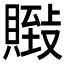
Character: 𰷏